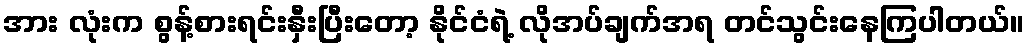
အား လုံးက စွန့်စားရင်းနှီးပြီးတော့ နိုင်ငံရဲ့ လိုအပ်ချက်အရ တင်သွင်းနေကြပါတယ်။